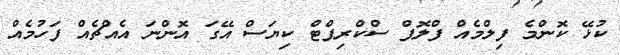
ކުޅޭ ކޮންމެ ފިލްމެއް ފްލޮޕް ސްކްރިޕްޓް ކިޔަސް އޭގަ އޮންނަ އެއްޗެއް ފަހުމެއް